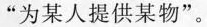
”为某人提供某物”。